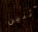
أثنين